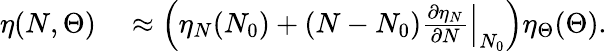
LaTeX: \begin{array}{rl}{\eta(N,\Theta)}&{{}\approx\left(\eta_{N}(N_{0})+(N-N_{0})\left.\frac{\partial\eta_{N}}{\partial N}\right|_{N_{0}}\right)\eta_{\Theta}(\Theta).}\end{array}